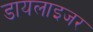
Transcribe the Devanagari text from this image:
डायलाइजर